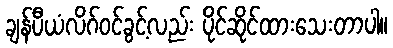
ချန်ပီယံလိဂ်ဝင်ခွင့်လည်း ပိုင်ဆိုင်ထားသေးတာပါ။